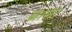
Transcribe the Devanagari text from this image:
ब्राना